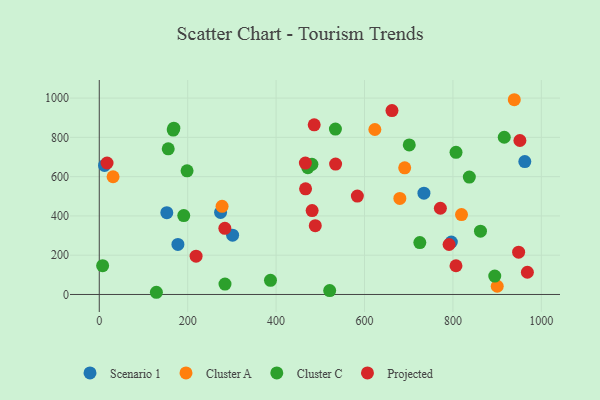
{"axis": {"x": "Engine Size", "y": "Sales"}, "legend": ["Cluster A", "Cluster C", "Projected", "Scenario 1"], "data": [{"x": "734.4", "y": 515.6, "type": "Scenario 1"}, {"x": "177.9", "y": 254.8, "type": "Scenario 1"}, {"x": "11.9", "y": 657.3, "type": "Scenario 1"}, {"x": "962.6", "y": 676.9, "type": "Scenario 1"}, {"x": "796.4", "y": 267.2, "type": "Scenario 1"}, {"x": "301.6", "y": 301.9, "type": "Scenario 1"}, {"x": "274.4", "y": 417.9, "type": "Scenario 1"}, {"x": "152.8", "y": 416.7, "type": "Scenario 1"}, {"x": "679.9", "y": 488.9, "type": "Cluster A"}, {"x": "277.8", "y": 449.1, "type": "Cluster A"}, {"x": "31.2", "y": 599.5, "type": "Cluster A"}, {"x": "900.2", "y": 41.9, "type": "Cluster A"}, {"x": "690.9", "y": 645.1, "type": "Cluster A"}, {"x": "623.4", "y": 840.2, "type": "Cluster A"}, {"x": "819.4", "y": 406.7, "type": "Cluster A"}, {"x": "938.8", "y": 991.7, "type": "Cluster A"}, {"x": "862.3", "y": 322.4, "type": "Cluster C"}, {"x": "916.1", "y": 800.6, "type": "Cluster C"}, {"x": "387.3", "y": 72.3, "type": "Cluster C"}, {"x": "156.0", "y": 741.7, "type": "Cluster C"}, {"x": "837.1", "y": 598.0, "type": "Cluster C"}, {"x": "167.3", "y": 836.9, "type": "Cluster C"}, {"x": "198.6", "y": 629.7, "type": "Cluster C"}, {"x": "284.4", "y": 53.0, "type": "Cluster C"}, {"x": "521.2", "y": 20.0, "type": "Cluster C"}, {"x": "191.1", "y": 402.0, "type": "Cluster C"}, {"x": "481.0", "y": 662.9, "type": "Cluster C"}, {"x": "894.6", "y": 93.8, "type": "Cluster C"}, {"x": "701.2", "y": 761.7, "type": "Cluster C"}, {"x": "534.2", "y": 842.2, "type": "Cluster C"}, {"x": "807.0", "y": 724.0, "type": "Cluster C"}, {"x": "725.1", "y": 264.5, "type": "Cluster C"}, {"x": "7.6", "y": 146.4, "type": "Cluster C"}, {"x": "129.2", "y": 11.2, "type": "Cluster C"}, {"x": "168.7", "y": 846.7, "type": "Cluster C"}, {"x": "471.8", "y": 645.9, "type": "Cluster C"}, {"x": "284.1", "y": 336.9, "type": "Projected"}, {"x": "806.9", "y": 146.3, "type": "Projected"}, {"x": "466.2", "y": 668.9, "type": "Projected"}, {"x": "968.4", "y": 113.1, "type": "Projected"}, {"x": "486.2", "y": 864.1, "type": "Projected"}, {"x": "534.6", "y": 664.2, "type": "Projected"}, {"x": "17.6", "y": 669.4, "type": "Projected"}, {"x": "219.0", "y": 194.9, "type": "Projected"}, {"x": "488.6", "y": 350.2, "type": "Projected"}, {"x": "791.3", "y": 254.6, "type": "Projected"}, {"x": "466.7", "y": 538.1, "type": "Projected"}, {"x": "662.1", "y": 936.7, "type": "Projected"}, {"x": "481.5", "y": 427.1, "type": "Projected"}, {"x": "583.8", "y": 501.1, "type": "Projected"}, {"x": "948.6", "y": 215.6, "type": "Projected"}, {"x": "951.5", "y": 784.0, "type": "Projected"}, {"x": "771.6", "y": 439.0, "type": "Projected"}]}